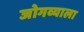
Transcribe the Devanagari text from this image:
जोगव्याला